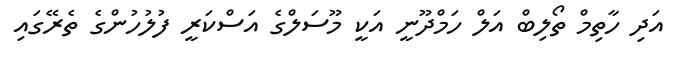
އަދި ހާތިމް ތޯލިބް އަލް ހަމްދޫނީ އަކީ މޫސަލްގެ އަސްކަރީ ފުލުހުންގެ ތެރޭގައި